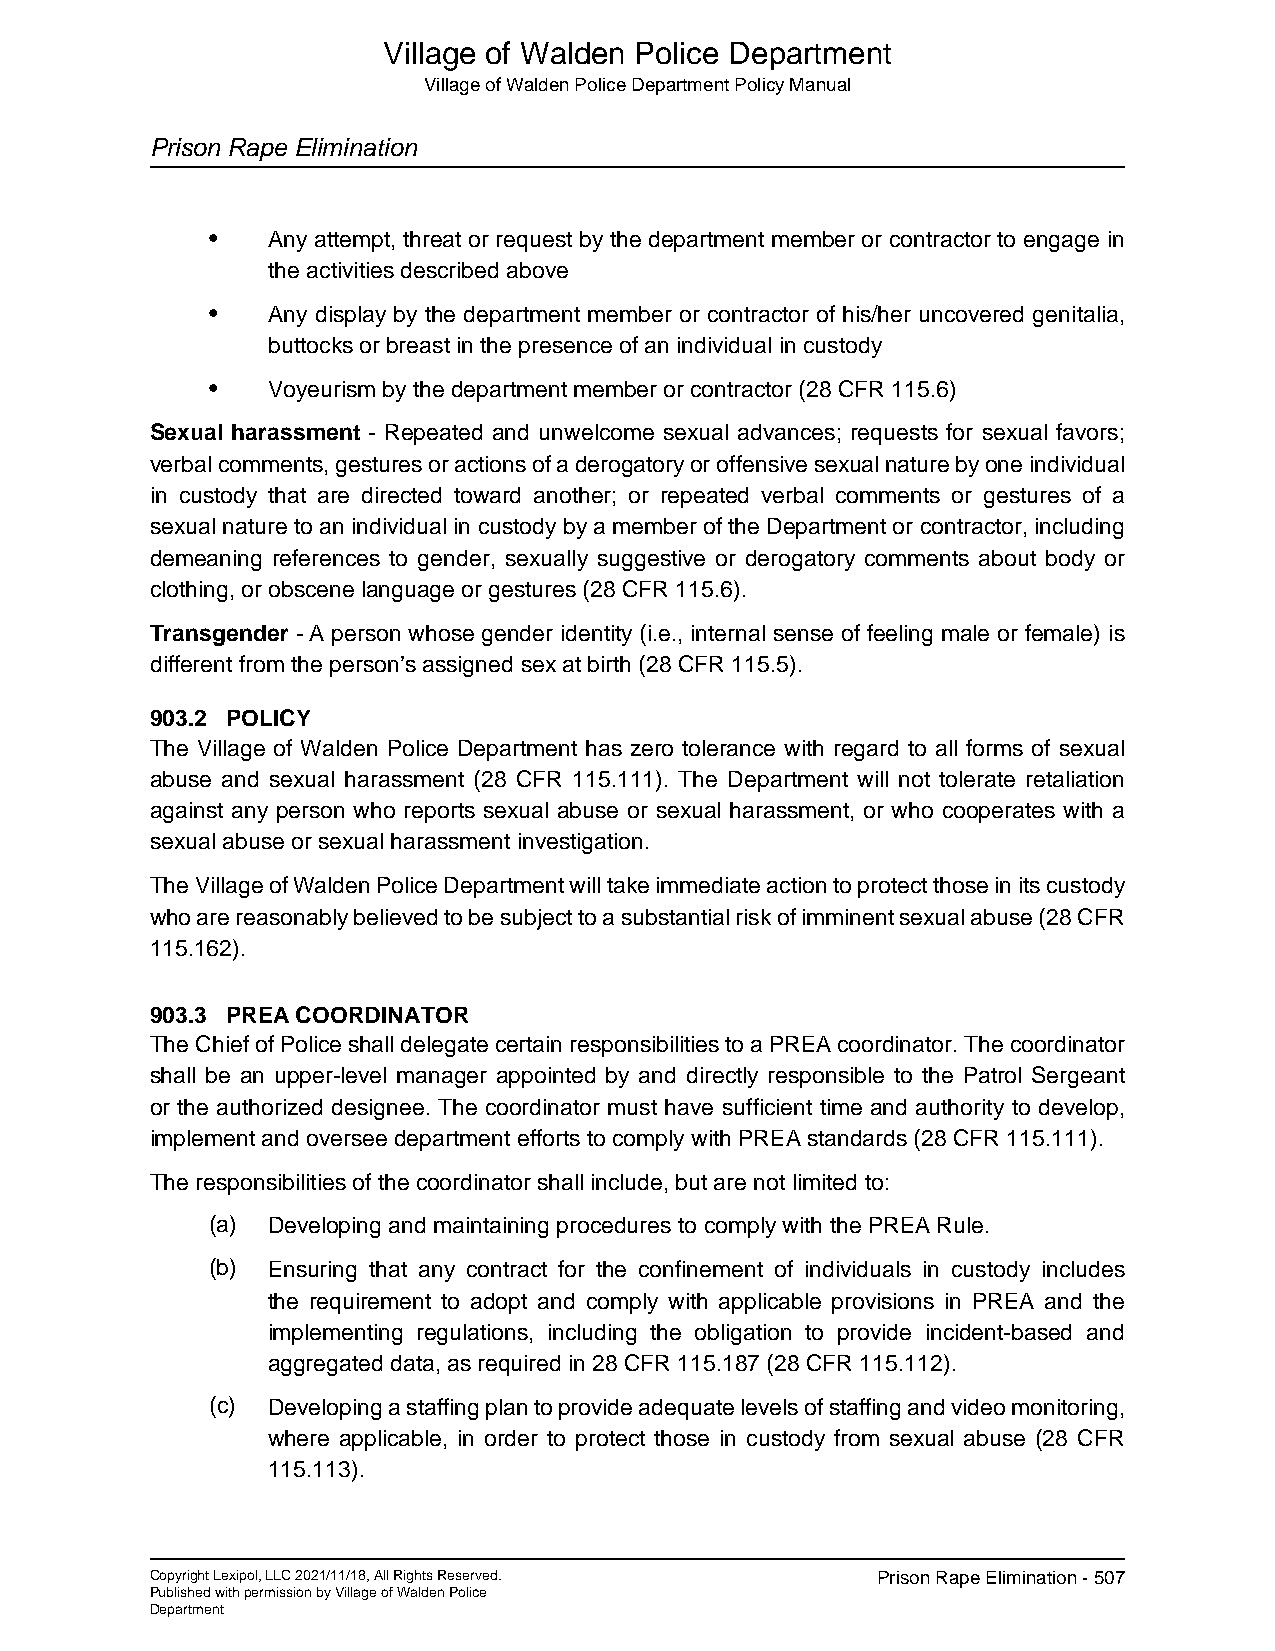
Village of Walden Police Department
 Village of Walden Police Department Policy Manual
 Prison Rape Elimination
 •   Any attempt, threat or request by the department member or contractor to engage in
 the activities described above
 •   Any display by the department member or contractor of his/her uncovered genitalia,
 buttocks or breast in the presence of an individual in custody
 •   Voyeurism by the department member or contractor (28 CFR 115.6)
 Sexual harassment - Repeated and unwelcome sexual advances; requests for sexual favors;
 verbal comments, gestures or actions of a derogatory or offensive sexual nature by one individual
 in custody that are directed toward another; or repeated verbal comments or gestures of a
 sexual nature to an individual in custody by a member of the Department or contractor, including
 demeaning references to gender, sexually suggestive or derogatory comments about body or
 clothing, or obscene language or gestures (28 CFR 115.6).
 Transgender - A person whose gender identity (i.e., internal sense of feeling male or female) is
 different from the person’s assigned sex at birth (28 CFR 115.5).
 903.2 POLICY
 The Village of Walden Police Department has zero tolerance with regard to all forms of sexual
 abuse and sexual harassment (28 CFR 115.111). The Department will not tolerate retaliation
 against any person who reports sexual abuse or sexual harassment, or who cooperates with a
 sexual abuse or sexual harassment investigation.
 The Village of Walden Police Department will take immediate action to protect those in its custody
 who are reasonably believed to be subject to a substantial risk of imminent sexual abuse (28 CFR
 115.162).
 903.3 PREA COORDINATOR
 The Chief of Police shall delegate certain responsibilities to a PREA coordinator. The coordinator
 shall be an upper-level manager appointed by and directly responsible to the Patrol Sergeant
 or the authorized designee. The coordinator must have sufficient time and authority to develop,
 implement and oversee department efforts to comply with PREA standards (28 CFR 115.111).
 The responsibilities of the coordinator shall include, but are not limited to:
 (a) Developing and maintaining procedures to comply with the PREA Rule.
 (b) Ensuring that any contract for the confinement of individuals in custody includes
 the requirement to adopt and comply with applicable provisions in PREA and the
 implementing regulations, including the obligation to provide incident-based and
 aggregated data, as required in 28 CFR 115.187 (28 CFR 115.112).
 (c) Developing a staffing plan to provide adequate levels of staffing and video monitoring,
 where applicable, in order to protect those in custody from sexual abuse (28 CFR
 115.113).
 Copyright Lexipol, LLC 2021/11/18, All Rights Reserved. Prison Rape Elimination - 507
 Published with permission by Village of Walden Police
 Department